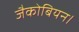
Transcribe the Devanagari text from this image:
जैकोबियन।